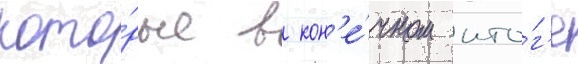
кото́рые в кон'е́чном ито́г'е